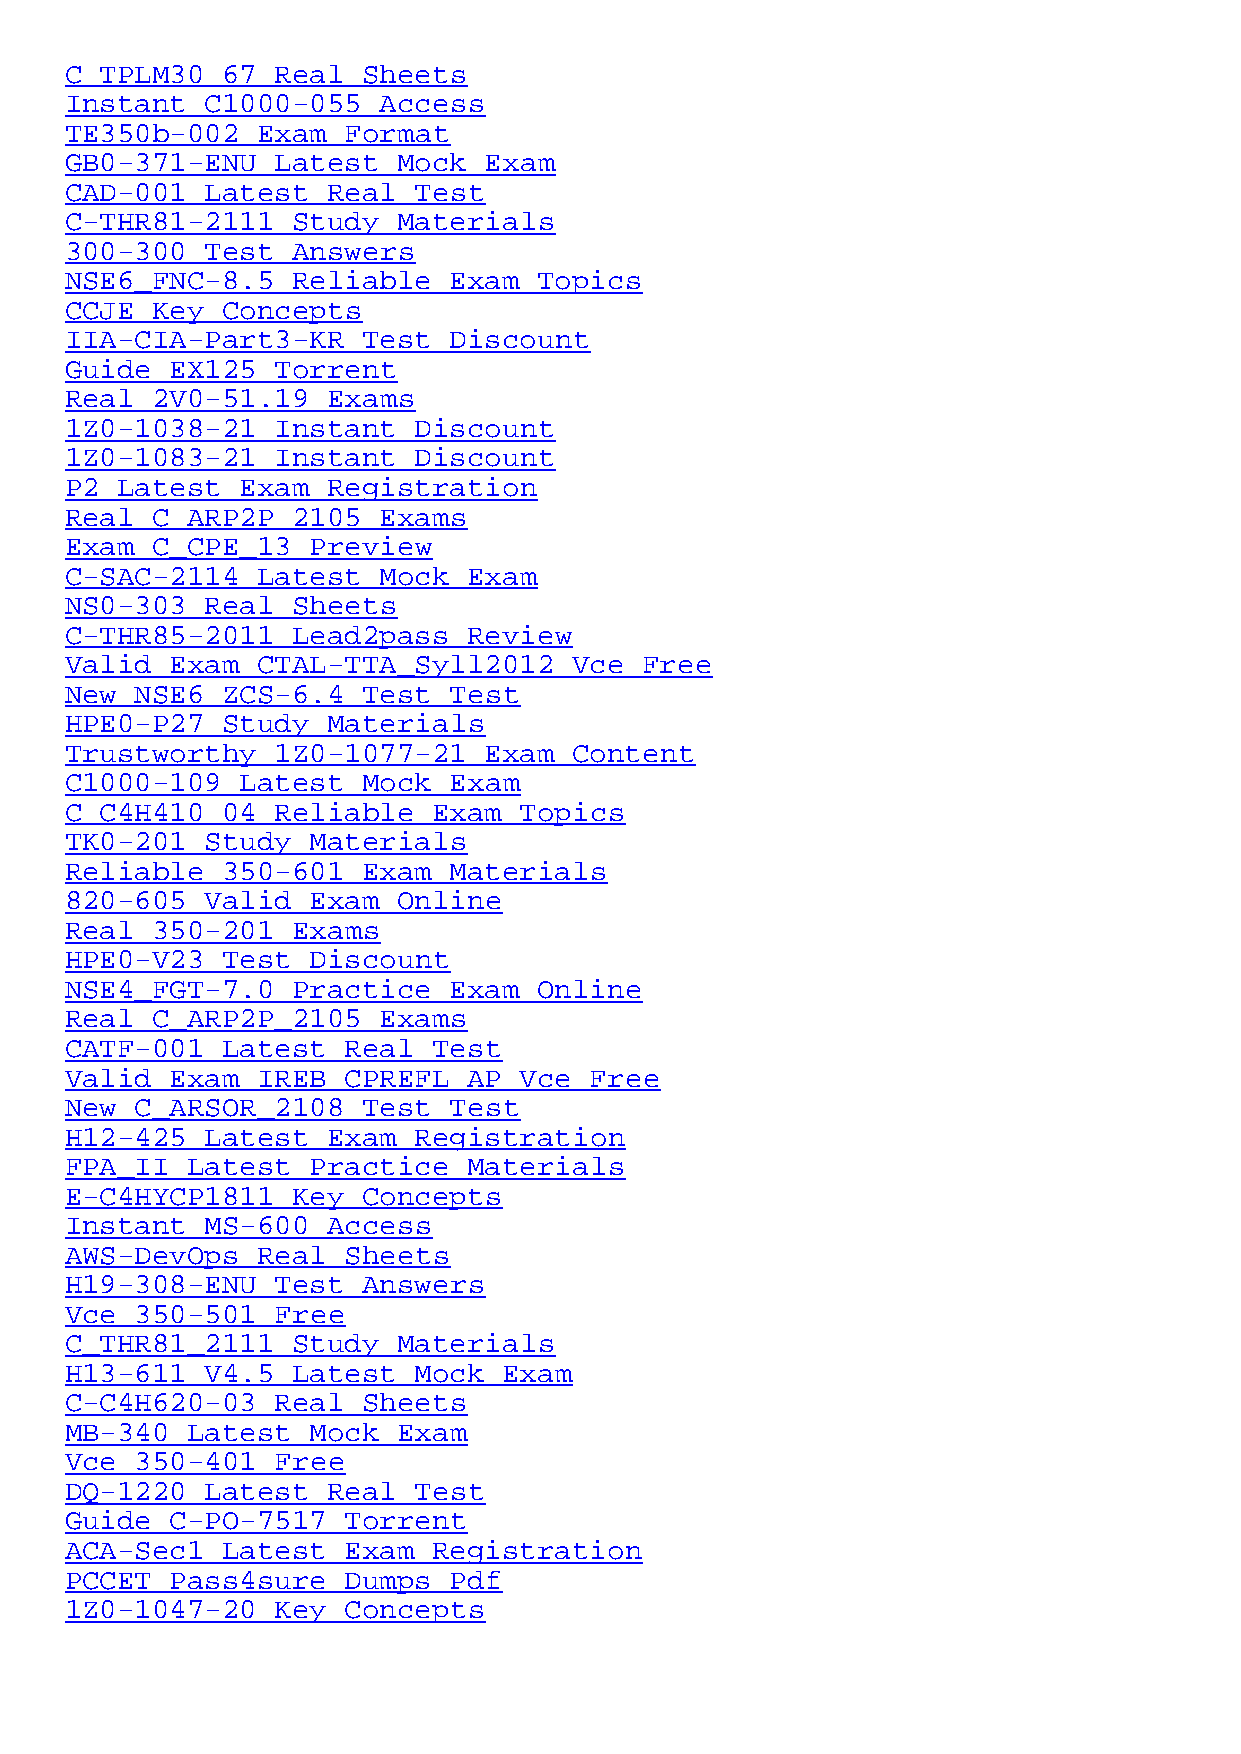
C_TPLM30_67   Real  Sheets
 Instant   C1000-055  Access
 TE350b-002   Exam  Format
 GB0-371-ENU   Latest  Mock  Exam
 CAD-001   Latest  Real Test
 C-THR81-2111   Study  Materials
 300-300   Test Answers
 NSE6_FNC-8.5   Reliable   Exam  Topics
 CCJE  Key  Concepts
 IIA-CIA-Part3-KR    Test  Discount
 Guide  EX125  Torrent
 Real  2V0-51.19   Exams
 1Z0-1038-21   Instant  Discount
 1Z0-1083-21   Instant  Discount
 P2  Latest  Exam  Registration
 Real  C_ARP2P_2105   Exams
 Exam  C_CPE_13   Preview
 C-SAC-2114   Latest  Mock  Exam
 NS0-303   Real Sheets
 C-THR85-2011   Lead2pass   Review
 Valid  Exam  CTAL-TTA_Syll2012    Vce  Free
 New  NSE6_ZCS-6.4   Test  Test
 HPE0-P27   Study  Materials
 Trustworthy   1Z0-1077-21   Exam  Content
 C1000-109   Latest  Mock  Exam
 C_C4H410_04   Reliable   Exam Topics
 TK0-201   Study  Materials
 Reliable   350-601  Exam  Materials
 820-605   Valid  Exam Online
 Real  350-201  Exams
 HPE0-V23   Test  Discount
 NSE4_FGT-7.0   Practice   Exam  Online
 Real  C_ARP2P_2105   Exams
 CATF-001   Latest  Real  Test
 Valid  Exam  IREB_CPREFL_AP   Vce  Free
 New  C_ARSOR_2108   Test  Test
 H12-425   Latest  Exam Registration
 FPA_II  Latest   Practice  Materials
 E-C4HYCP1811   Key  Concepts
 Instant   MS-600  Access
 AWS-DevOps   Real  Sheets
 H19-308-ENU   Test  Answers
 Vce  350-501  Free
 C_THR81_2111   Study  Materials
 H13-611_V4.5   Latest  Mock  Exam
 C-C4H620-03   Real  Sheets
 MB-340  Latest   Mock Exam
 Vce  350-401  Free
 DQ-1220   Latest  Real Test
 Guide  C-PO-7517   Torrent
 ACA-Sec1   Latest  Exam  Registration
 PCCET  Pass4sure   Dumps  Pdf
 1Z0-1047-20   Key  Concepts